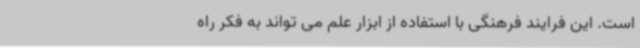
است. این فرایند فرهنگی با استفاده از ابزار علم می تواند به فکر راه